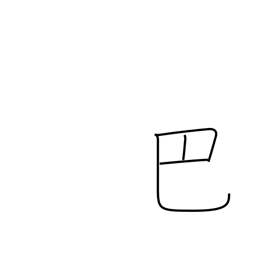
Meaning: comma-design